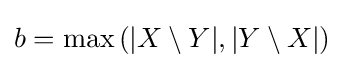
b=\max \left(|X\setminus Y|,|Y\setminus X|\right)